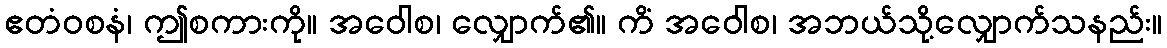
ဧတံဝစနံ၊ ဤစကားကို။ အဝေါစ၊ လျှောက်၏။ ကိံ အဝေါစ၊ အဘယ်သို့လျှောက်သနည်း။